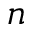
n